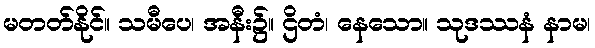
မတတ်နိုင်။ သမီပေ၊ အနီး၌။ ဌိတံ၊ နေသော။ သုဒဿနံ နာမ၊